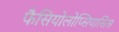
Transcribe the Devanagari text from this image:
फैसियोलोप्सियासिस